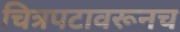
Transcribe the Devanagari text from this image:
चित्रपटावरूनच